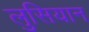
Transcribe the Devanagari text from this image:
लुसियान